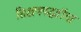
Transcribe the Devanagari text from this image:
शिक्षणपद्धतींचा